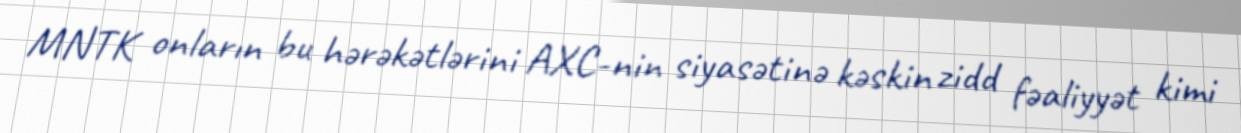
MNTK onların bu hərəkətlərini AXC-nin siyasətinə kəskin zidd fəaliyyət kimi